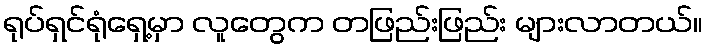
ရုပ်ရှင်ရုံရှေ့မှာ လူတွေက တဖြည်းဖြည်း များလာတယ်။